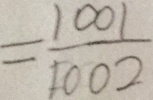
= \frac { 1 0 0 1 } { 1 0 0 2 }